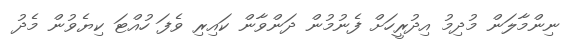
ނިންމާލަން މުދިމު އިދުރީހަށް ފެނުމުން ދަންވާން ކައިރި ވެފަ ހުއްޓަ ކިޔެވުން މެދު